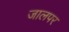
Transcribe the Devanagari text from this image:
जालपर